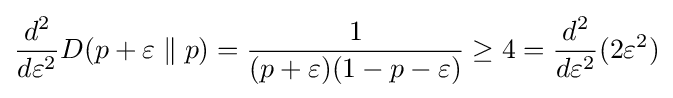
{\frac {d^{2}}{d\varepsilon ^{2}}}D(p+\varepsilon \parallel p)={\frac {1}{(p+\varepsilon )(1-p-\varepsilon )}}\geq 4={\frac {d^{2}}{d\varepsilon ^{2}}}(2\varepsilon ^{2})